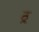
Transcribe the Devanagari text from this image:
ठ्र्